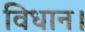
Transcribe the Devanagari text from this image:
विधान।